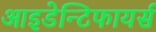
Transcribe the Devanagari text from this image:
आइडेन्टिफायर्स